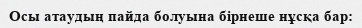
Осы атаудың пайда болуына бірнеше нұсқа бар: